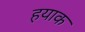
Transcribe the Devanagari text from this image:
हयाक